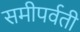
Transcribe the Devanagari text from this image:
समीपर्वती